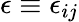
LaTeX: \epsilon\equiv\epsilon_{ij}